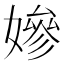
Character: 㜗